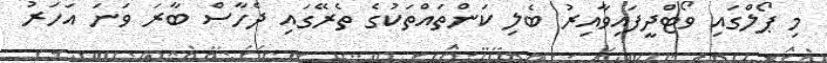
މި ޕޯލްގައި ވޯޓްދީފައިވާއިރު ބެލި ކަންތައްތަކުގެ ތެރޭގައި ދެހާސް ބާރަ ވަނަ އަހަރު